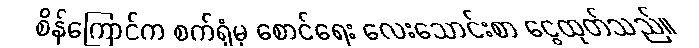
စိန်ကြောင်က စက်ရုံမှ စောင်ရေး လေးသောင်းစာ ငွေထုတ်သည်။